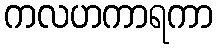
ကလဟကာရကာ